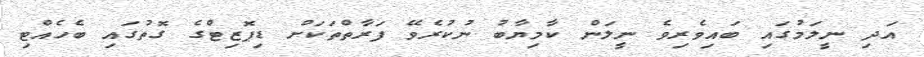
އަދި ނީލަމުގައި ބައިވެރިވެ ނީލަން ކާމިޔާބު ނުކުރެވޭ ފަރާތްތަކަށް ޑިޕޮޒިޓްގެ ގޮތުގައި ބެހެއްޓި